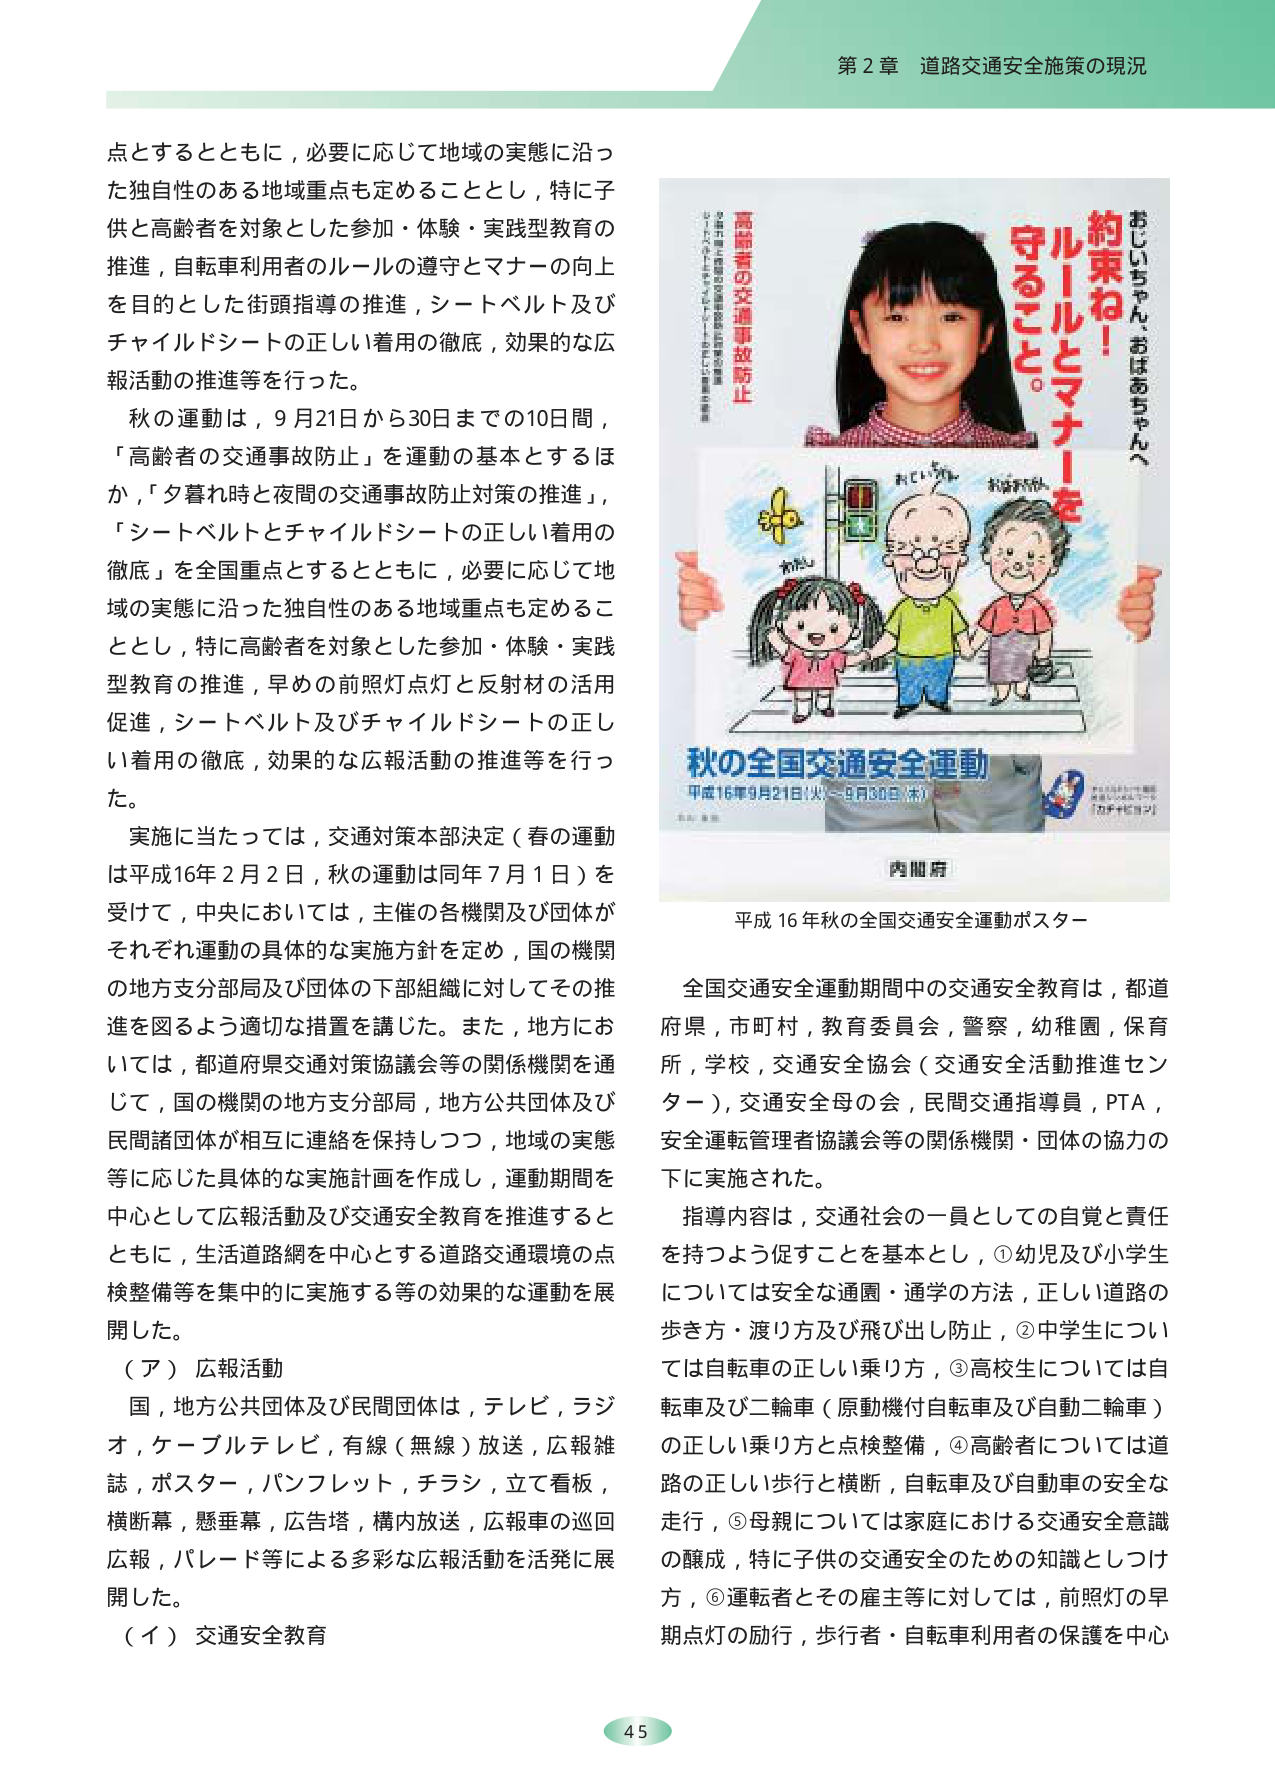
第２章 道路交通安全施策の現況

点とするとともに，必要に応じて地域の実態に沿った独自性のある地域重点も定めることとし，特に子供と高齢者を対象とした参加・体験・実践型教育の推進，自転車利用者のルールの遵守とマナーの向上を目的とした街頭指導の推進，シートベルト及びチャイルドシートの正しい着用の徹底，効果的な広報活動の推進等を行った。

秋の運動は，9月21日から30日までの10日間，「高齢者の交通事故防止」を運動の基本とするほか，「夕暮れ時と夜間の交通事故防止対策の推進」，「シートベルトとチャイルドシートの正しい着用の徹底」を全国重点とするとともに，必要に応じて地域の実態に沿った独自性のある地域重点も定めることとし，特に高齢者を対象とした参加・体験・実践型教育の推進，早めの前照灯点灯と反射材の活用促進，シートベルト及びチャイルドシートの正しい着用の徹底，効果的な広報活動の推進等を行った。

実施に当たっては，交通対策本部決定（春の運動は平成16年2月2日，秋の運動は同年7月1日）を受けて，中央においては，主催の各機関及び団体がそれぞれ運動の具体的な実施方針を定め，国の機関の地方支分部局及び団体の下部組織に対してその推進を図るよう適切な措置を講じた。また，地方においては，都道府県交通対策協議会等の関係機関を通じて，国の機関の地方支分部局，地方公共団体及び民間諸団体が相互に連絡を保持しつつ，地域の実態等に応じた具体的な実施計画を作成し，運動期間を中心として広報活動及び交通安全教育を推進するとともに，生活道路網を中心とする道路交通環境の点検整備等を集中的に実施する等の効果的な運動を展開した。

（ア）広報活動
国，地方公共団体及び民間団体は，テレビ，ラジオ，ケーブルテレビ，有線（無線）放送，広報雑誌，ポスター，パンフレット，チラシ，立て看板，横断幕，懸垂幕，広告塔，構内放送，広報車の巡回広報，パレード等による多彩な広報活動を活発に展開した。

（イ）交通安全教育

おじいちゃん、おばあちゃんへ
約束ね！
ルールとマナーを
守ること。

高齢者の交通事故防止
おじいちゃん、おばあちゃん、
安全に、安心に、
一緒に歩こう！

秋の全国交通安全運動
平成16年9月21日（火）～9月30日（木）

内閣府

平成16年秋の全国交通安全運動ポスター

全国交通安全運動期間中の交通安全教育は，都道府県，市町村，教育委員会，警察，幼稚園，保育所，学校，交通安全協会（交通安全活動推進センター），交通安全母の会，民間交通指導員，PTA，安全運転管理者協議会等の関係機関・団体の協力の下に実施された。

指導内容は，交通社会の一員としての自覚と責任を持つよう促すことを基本とし，①幼児及び小学生については安全な通園・通学の方法，正しい道路の歩き方・渡り方及び飛び出し防止，②中学生については自転車の正しい乗り方，③高校生については自転車及び二輪車（原動機付自転車及び自動二輪車）の正しい乗り方と点検整備，④高齢者については道路の正しい歩行と横断，自転車及び自動車の安全な走行，⑤母親については家庭における交通安全意識の醸成，特に子供の交通安全のための知識としつけ方，⑥運転者とその雇主等に対しては，前照灯の早期点灯の励行，歩行者・自転車利用者の保護を中心

45